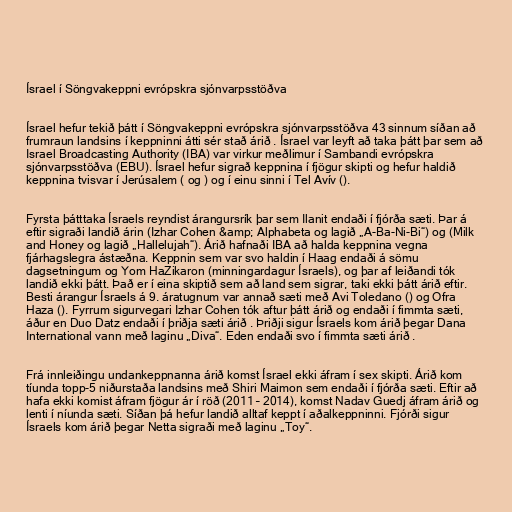
Ísrael í Söngvakeppni evrópskra sjónvarpsstöðva

Ísrael hefur tekið þátt í Söngvakeppni evrópskra sjónvarpsstöðva 43 sinnum síðan að
frumraun landsins í keppninni átti sér stað árið . Ísrael var leyft að taka þátt þar sem að
Israel Broadcasting Authority (IBA) var virkur meðlimur í Sambandi evrópskra
sjónvarpsstöðva (EBU). Ísrael hefur sigrað keppnina í fjögur skipti og hefur haldið
keppnina tvisvar í Jerúsalem ( og ) og í einu sinni í Tel Avív ().

Fyrsta þátttaka Ísraels reyndist árangursrík þar sem Ilanit endaði í fjórða sæti. Þar á
eftir sigraði landið árin (Izhar Cohen &amp; Alphabeta og lagið „A-Ba-Ni-Bi“) og (Milk
and Honey og lagið „Hallelujah“). Árið hafnaði IBA að halda keppnina vegna
fjárhagslegra ástæðna. Keppnin sem var svo haldin í Haag endaði á sömu
dagsetningum og Yom HaZikaron (minningardagur Ísraels), og þar af leiðandi tók
landið ekki þátt. Það er í eina skiptið sem að land sem sigrar, taki ekki þátt árið eftir.
Besti árangur Ísraels á 9. áratugnum var annað sæti með Avi Toledano () og Ofra
Haza (). Fyrrum sigurvegari Izhar Cohen tók aftur þátt árið og endaði í fimmta sæti,
áður en Duo Datz endaði í þriðja sæti árið . Þriðji sigur Ísraels kom árið þegar Dana
International vann með laginu „Diva“. Eden endaði svo í fimmta sæti árið .

Frá innleiðingu undankeppnanna árið komst Ísrael ekki áfram í sex skipti. Árið kom
tíunda topp-5 niðurstaða landsins með Shiri Maimon sem endaði í fjórða sæti. Eftir að
hafa ekki komist áfram fjögur ár í röð (2011 – 2014), komst Nadav Guedj áfram árið og
lenti í níunda sæti. Síðan þá hefur landið alltaf keppt í aðalkeppninni. Fjórði sigur
Ísraels kom árið þegar Netta sigraði með laginu „Toy“.